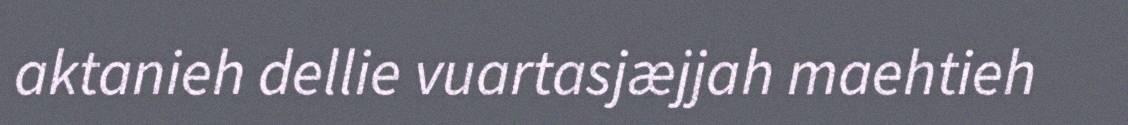
aktanieh dellie vuartasjæjjah maehtieh